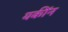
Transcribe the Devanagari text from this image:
यकींन